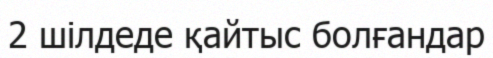
2 шілдеде қайтыс болғандар